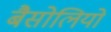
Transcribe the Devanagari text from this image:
बैसोलियो